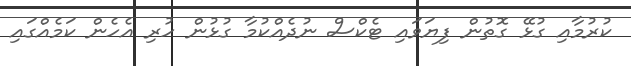
ކުރުމާއި ގުޅޭ ގޮތުން ފިޔަވައި ޓެކްސް ނުދެއްކުމާ ގުޅުން ހުރި އެހެން ކަމެއްގައި